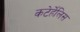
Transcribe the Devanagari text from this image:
कटेर्हेलिस